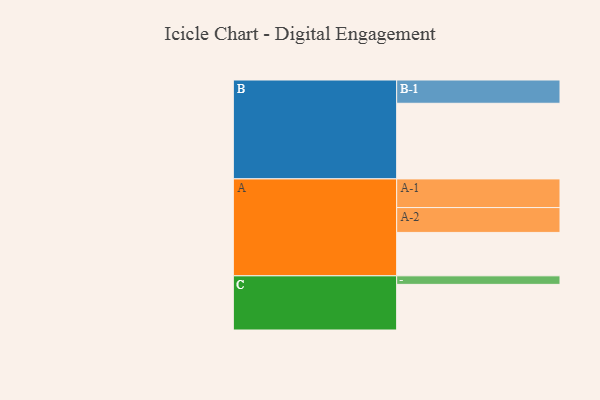
{"axis": {"x": "Segment", "y": "Value"}, "legend": ["", "A", "B", "C"], "data": [{"x": "A", "y": 330, "type": ""}, {"x": "B", "y": 575, "type": ""}, {"x": "C", "y": 347, "type": ""}, {"x": "A-1", "y": 218, "type": "A"}, {"x": "A-2", "y": 189, "type": "A"}, {"x": "B-1", "y": 177, "type": "B"}, {"x": "C-1", "y": 65, "type": "C"}]}